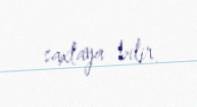
saxlaya bilir.